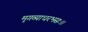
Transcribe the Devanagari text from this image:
मृगव्याधरभसः।।